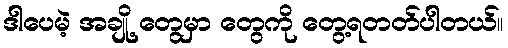
ဒါပေမဲ့ အချို့ တွေမှာ တွေကို တွေ့ရတတ်ပါတယ်။